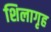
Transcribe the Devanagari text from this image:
शिलागृह